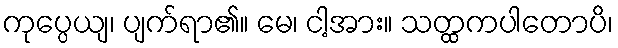
ကုပ္ပေယျ၊ ပျက်ရာ၏။ မေ၊ ငါ့အား။ သတ္ထကပါတောပိ၊